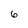
Character: 6